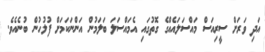
އަދި ވަރަށް ސީރިއަސް މައްސަލައެއްގެ ގޮތުގައި އެމައްސަލަ ބަލަމުން އަންނަކަމަށް ފުލުހުން ބުނެއެވެ.